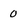
Character: 0